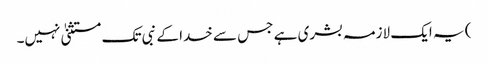
) یہ ایک لازمہ بشری ہے جس سے خدا کے نبی تک مستثنیٰ نہیں۔